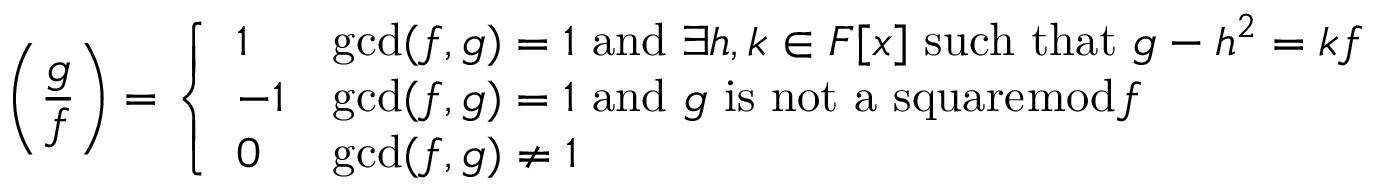
\left( { \frac { g } { f } } \right) = { \left\{ \begin{array} { l l } { 1 } & { \operatorname* { g c d } ( f , g ) = 1 { \mathrm { ~ a n d ~ } } \exists h , k \in F [ x ] { \mathrm { ~ s u c h ~ t h a t ~ } } g - h ^ { 2 } = k f } \\ { - 1 } & { \operatorname* { g c d } ( f , g ) = 1 { \mathrm { ~ a n d ~ } } g { \mathrm { ~ i s ~ n o t ~ a ~ s q u a r e } } { \bmod { f } } } \\ { 0 } & { \operatorname* { g c d } ( f , g ) \neq 1 } \end{array} \right. }